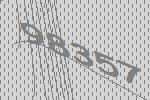
98357